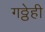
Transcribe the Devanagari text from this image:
गठ्ठेही